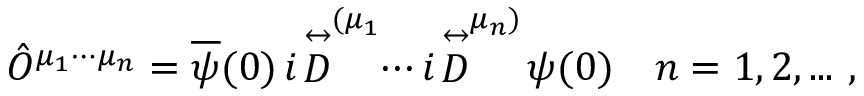
\hat { O } ^ { \mu _ { 1 } \cdots \mu _ { n } } = \overline { { { \psi } } } ( 0 ) \, i \! \stackrel { \leftrightarrow } { D } ^ { ( \mu _ { 1 } } \! \! \cdots i \! \stackrel { \leftrightarrow } { D } ^ { \mu _ { n } ) } \! \psi ( 0 ) ~ ~ ~ n = 1 , 2 , . . . \ ,